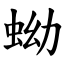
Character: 蚴